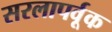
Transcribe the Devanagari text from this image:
सरलापर्वूक